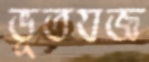
ভূতযজ্ঞ